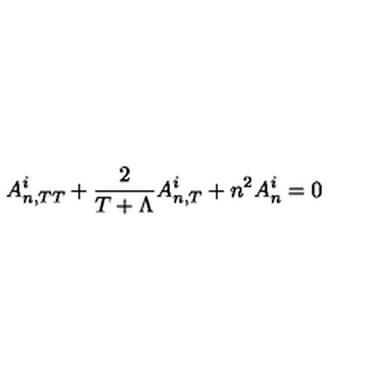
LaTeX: A _ { n , T T } ^ { i } + \frac { 2 } { T + \Lambda } A _ { n , T } ^ { i } + n ^ { 2 } A _ { n } ^ { i } = 0